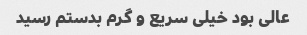
عالی بود خیلی سریع و گرم بدستم رسید